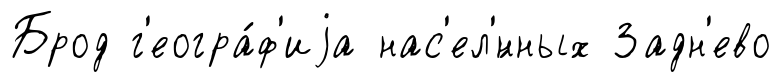
Брод г'еогра́ф'иjа нас'ел'́нных Задн'ево